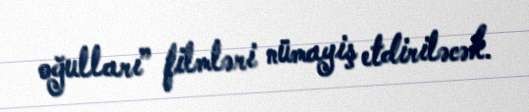
oğulları” filmləri nümayiş etdiriləcək.